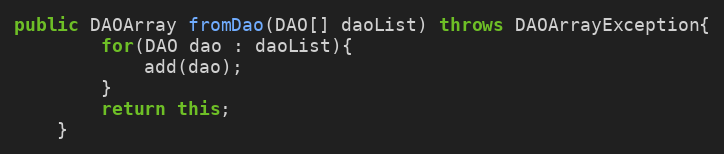
Language: Java
public DAOArray fromDao(DAO[] daoList) throws DAOArrayException{
		for(DAO dao : daoList){
			add(dao);
		}
		return this;
	}